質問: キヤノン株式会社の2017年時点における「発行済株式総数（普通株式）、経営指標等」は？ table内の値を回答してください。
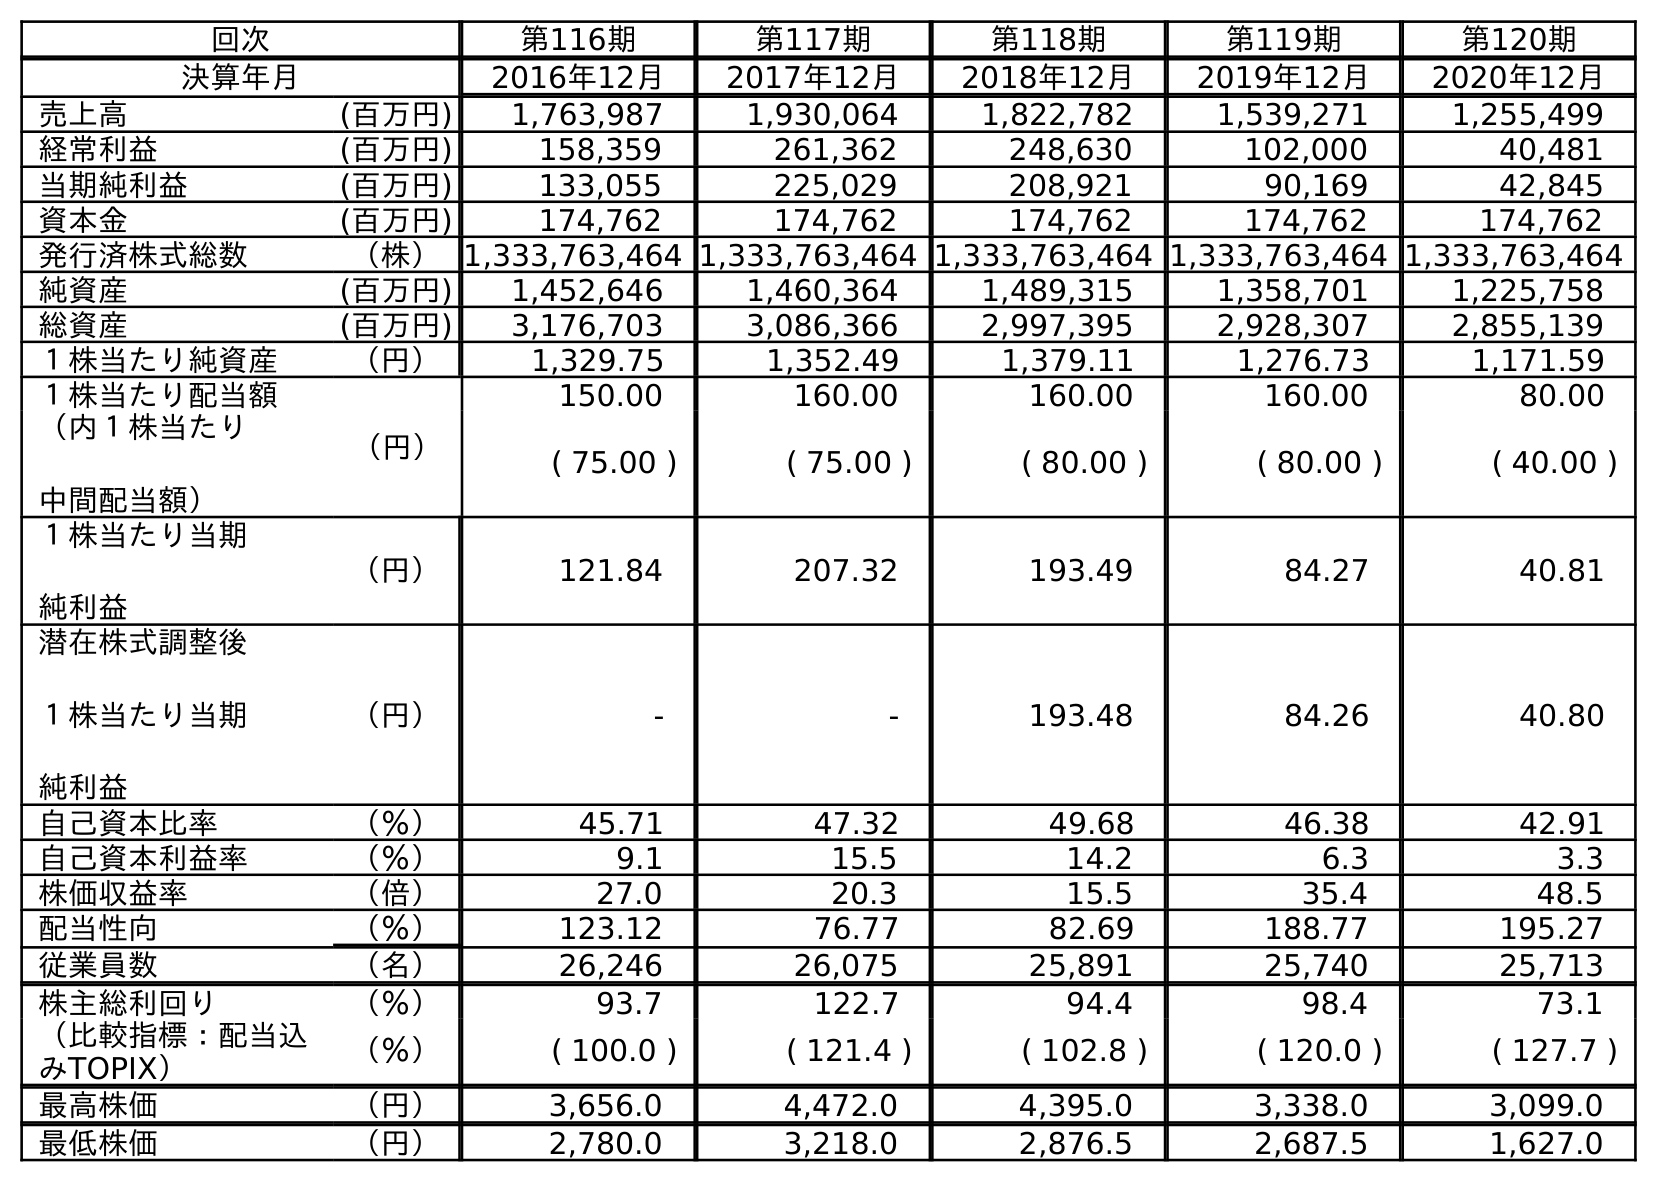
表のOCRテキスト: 回次 第116期 第117期 第118期 第119期 第120期 決算年月 2016年12月 2017年12月 2018年12月 2019年12月 2020年12月 売上高 (百万円) 1,763,987 1,930,064 1,822,782 1,539,271 1,255,499 経常利益 (百万円) 158,359 261,362 248,630 102,000 40,481 当期純利益 (百万円) 133,055 225,029 208,921 90,169 42,845 資本金 (百万円) 174,762 174,762 174,762 174,762 174,762 発行済株式総数 （株）1,333,763,464 1,333,763,464 1,333,763,464 1,333,763,464 1,333,763,464 純資産 (百万円) 1,452,646 1,460,364 1,489,315 1,358,701 1,225,758 総資産 (百万円) 3,176,703 3,086,366 2,997,395 2,928,307 2,855,139 １株当たり純資産 （円） 1,329.75 1,352.49 1,379.11 1,276.73 1,171.59 １株当たり配当額 （円） 150.00 160.00 160.00 160.00 80.00 （内１株当たり 中間配当額） ( 75.00 ) ( 75.00 ) ( 80.00 ) ( 80.00 ) ( 40.00 ) １株当たり当期 純利益 （円） 121.84 207.32 193.49 84.27 40.81 潜在株式調整後 １株当たり当期 純利益 （円） - - 193.48 84.26 40.80 自己資本比率 （％） 45.71 47.32 49.68 46.38 42.91 自己資本利益率 （％） 9.1 15.5 14.2 6.3 3.3 株価収益率 （倍） 27.0 20.3 15.5 35.4 48.5 配当性向 （％） 123.12 76.77 82.69 188.77 195.27 従業員数 （名） 26,246 26,075 25,891 25,740 25,713 株主総利回り （％） 93.7 122.7 94.4 98.4 73.1 （比較指標：配当込 みTOPIX） （％） ( 100.0 ) ( 121.4 ) ( 102.8 ) ( 120.0 ) ( 127.7 ) 最高株価 （円） 3,656.0 4,472.0 4,395.0 3,338.0 3,099.0 最低株価 （円） 2,780.0 3,218.0 2,876.5 2,687.5 1,627.0
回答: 1,333,763,464